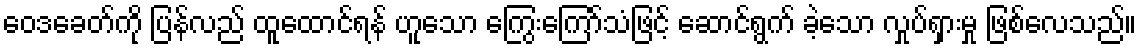
ဝေဒခေတ်ကို ပြန်လည် ထူထောင်ရန် ဟူသော ကြွေးကြော်သံဖြင့် ဆောင်ရွက် ခဲ့သော လှုပ်ရှားမှု ဖြစ်လေသည်။